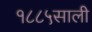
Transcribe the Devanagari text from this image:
१८८५साली